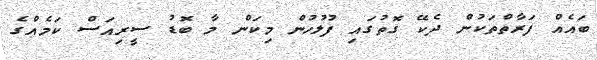
ބައެއް ފަރާތްތަކުން ދެކޭ ގޮތުގައި ފުލުހުން މިކަން މާ ބޮޑު ސީރިއަސް ކަމެއްގެ